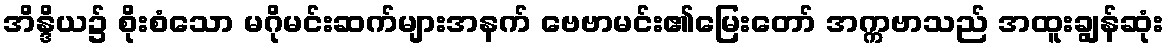
အိန္ဒိယ၌ စိုးစံသော မဂိုမင်းဆက်များအနက် ဗေဗာမင်း၏မြေးတော် အက္ကဗာသည် အထူးချွန်ဆုံး